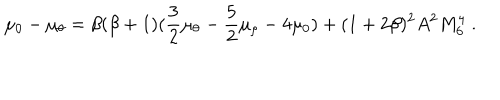
\mu _ { 0 } - \mu _ { \theta } = \beta ( \beta + 1 ) ( \frac { 3 } { 2 } \mu _ { \theta } - \frac { 5 } { 2 } \mu _ { \rho } - 4 \mu _ { 0 } ) + ( 1 + 2 \beta ) ^ { 2 } A ^ { 2 } M _ { 6 } ^ { 4 } ~ .